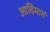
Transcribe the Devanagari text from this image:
आदिमार्ग